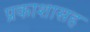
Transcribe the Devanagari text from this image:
प्रकाशासह